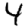
Digit: 4